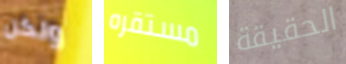
ولكن مستقره الحقيقة